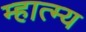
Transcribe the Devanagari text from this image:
म्हात्म्य